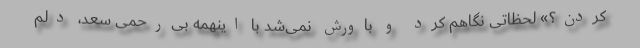
کردن؟» لحظاتی نگاهم کرد و باورش نمی‌شد با اینهمه بی‌رحمی سعد، دلم